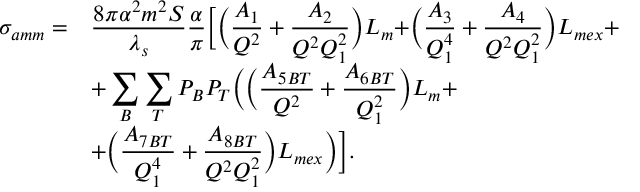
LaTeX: \begin{array} { l l } { { \displaystyle \sigma _ { a m m } = } } & { { \displaystyle \frac { 8 \pi \alpha ^ { 2 } m ^ { 2 } S } { \lambda _ { s } } \frac { \alpha } { \pi } \biggr [ \biggr ( \frac { A _ { 1 } } { Q ^ { 2 } } + \frac { A _ { 2 } } { Q ^ { 2 } Q _ { 1 } ^ { 2 } } \biggl ) L _ { m } + \biggr ( \frac { A _ { 3 } } { Q _ { 1 } ^ { 4 } } + \frac { A _ { 4 } } { Q ^ { 2 } Q _ { 1 } ^ { 2 } } \biggl ) L _ { m e x } + } } \\ { { } } & { { \displaystyle + \sum _ { B } \sum _ { T } P _ { B } P _ { T } \biggr ( \biggr ( \frac { A _ { 5 B T } } { Q ^ { 2 } } + \frac { A _ { 6 B T } } { Q _ { 1 } ^ { 2 } } \biggl ) L _ { m } + } } \\ { { } } & { { \displaystyle + \biggr ( \frac { A _ { 7 B T } } { Q _ { 1 } ^ { 4 } } + \frac { A _ { 8 B T } } { Q ^ { 2 } Q _ { 1 } ^ { 2 } } \biggl ) L _ { m e x } \biggl ) \biggl ] . } } \end{array}